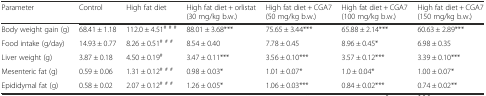
<table><thead><tr><td><b>Parameter</b></td><td><b>Control</b></td><td><b>High fat diet</b></td><td><b>High fat diet + orlistat (30 mg/kg b.w.)</b></td><td><b>High fat diet + CGA7 (50 mg/kg b.w.)</b></td><td><b>High fat diet + CGA7 (100 mg/kg b.w.)</b></td><td><b>High fat diet + CGA7 (150 mg/kg b.w.)</b></td></tr></thead><tbody><tr><td>Body weight gain (g)</td><td>68.41 ± 1.18</td><td>112.0 ± 4.51<sup># # #</sup></td><td>88.01 ± 3.68***</td><td>75.65 ± 3.44***</td><td>65.88 ± 2.14***</td><td>60.63 ± 2.89***</td></tr><tr><td>Food intake (g/day)</td><td>14.93 ± 0.77</td><td>8.26 ± 0.51<sup># # #</sup></td><td>8.54 ± 0.40</td><td>7.78 ± 0.45</td><td>8.96 ± 0.45*</td><td>6.98 ± 0.35</td></tr><tr><td>Liver weight (g)</td><td>3.87 ± 0.18</td><td>4.50 ± 0.19<sup>#</sup></td><td>3.47 ± 0.11***</td><td>3.56 ± 0.10***</td><td>3.57 ± 0.12***</td><td>3.39 ± 0.10***</td></tr><tr><td>Mesenteric fat (g)</td><td>0.59 ± 0.06</td><td>1.31 ± 0.12<sup># # #</sup></td><td>0.98 ± 0.03*</td><td>1.01 ± 0.07*</td><td>1.0 ± 0.04*</td><td>1.00 ± 0.07*</td></tr><tr><td>Epididymal fat (g)</td><td>0.58 ± 0.02</td><td>2.07 ± 0.12<sup># # #</sup></td><td>1.26 ± 0.05*</td><td>1.06 ± 0.03***</td><td>0.84 ± 0.02***</td><td>0.74 ± 0.02**</td></tr></tbody></table>